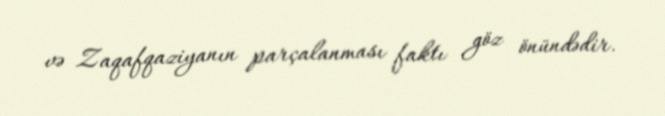
və Zaqafqaziyanın parçalanması faktı göz önündədir.